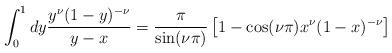
LaTeX: \begin{align*}\int_0^1 dy \frac{y^\nu (1-y)^{-\nu}}{y-x}=\frac{\pi}{\sin (\nu \pi)}\left[ 1 - \cos (\nu \pi)x^\nu (1-x)^{-\nu}\right]\end{align*}